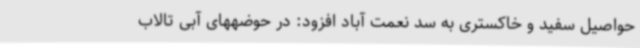
حواصیل سفید و خاکستری به سد نعمت آباد افزود: در حوضههای آبی تالاب